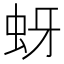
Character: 蚜